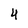
Character: 4